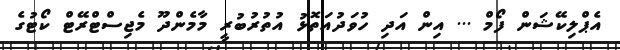
އެޕްލިކޭޝަން ފޯމް ... އިން އަދި ހުވަދުއަތޮޅު އުތުރުބުރީ މާމެންދޫ މެޖިސްޓްރޭޓް ކޯޓުގެ